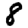
Digit: 8